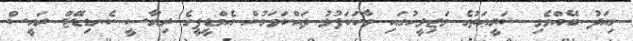
މިއަދު ބޭއްވެވި ޝަރީޢަތުގެ މަޖިލީހުގައި ވާހަކަފުޅު ދައްކަވަމުން އެމްޑީޕީގެ ރިޔާސީ ކެނޑިޑޭޓް ރައީސް